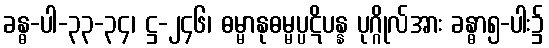
ခန္ဓ-ပါ-၃၃-၃၄၊ ဋ္ဌ-၂၄၆၊ ဓမ္မာနုဓမ္မပ္ပဋိပန္န ပုဂ္ဂိုလ်အား ခန္ဓာ၅-ပါး၌